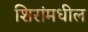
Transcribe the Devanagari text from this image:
शिरांमधील